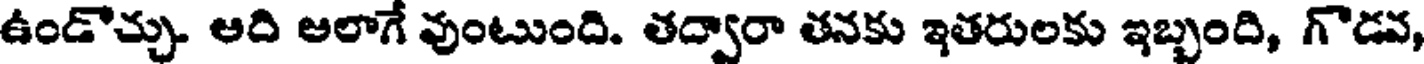
ఉండొచ్చు. ఆది ఆలాగే వుంటుంది. తద్వారా తనకు ఇతరులకు ఇబ్బంది, గొడవ,